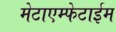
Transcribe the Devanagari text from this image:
मेटाएम्फेटाईम